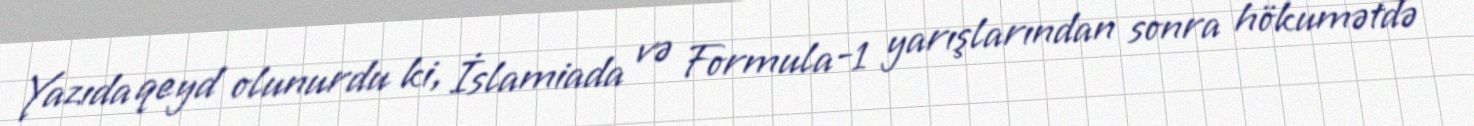
Yazıda qeyd olunurdu ki, İslamiada və Formula-1 yarışlarından sonra hökumətdə